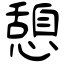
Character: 憩